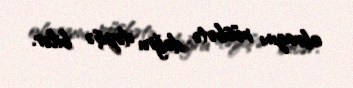
obrazını müsbətə doğru dəyişə bilər.